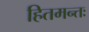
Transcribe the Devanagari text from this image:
हितमन्तः